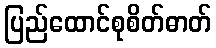
ပြည်ထောင်စုစိတ်ဓာတ်